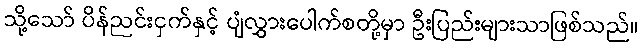
သို့သော် ပိန်ညင်းငှက်နှင့် ပျံလွှားပေါက်စတို့မှာ ဦးပြည်းများသာဖြစ်သည်။